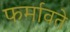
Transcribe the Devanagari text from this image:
फर्मावते